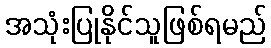
အသုံးပြုနိုင်သူဖြစ်ရမည်